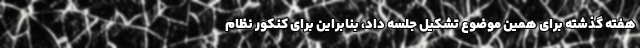
هفته گذشته برای همین موضوع تشکیل جلسه داد، بنابراین برای کنکور نظام